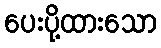
ပေးပို့ထားသော